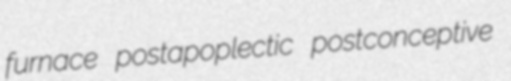
furnace postapoplectic postconceptive